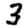
Digit: 3